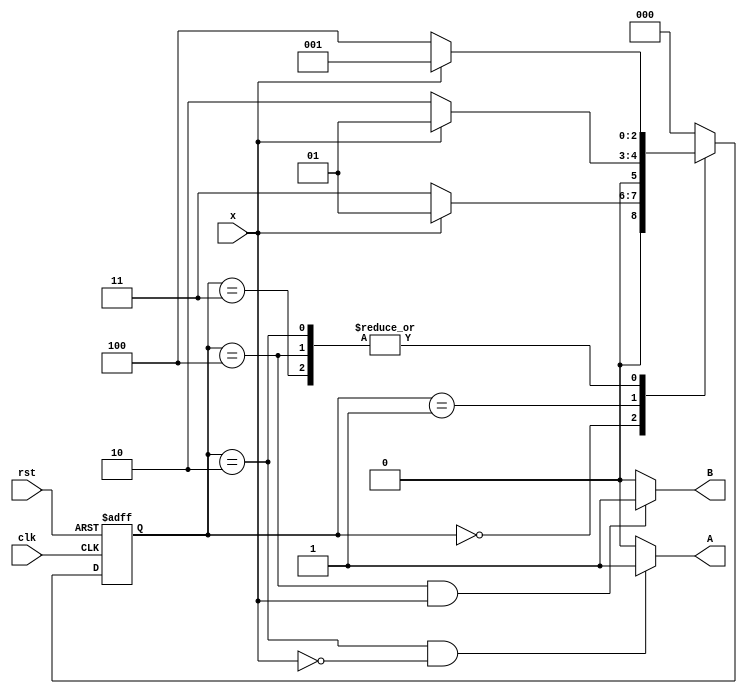
`timescale 1ns / 1ps
//////////////////////////////////////////////////////////////////////////////////
// Company: 
// Engineer: 
// 
// Design Name: 
// Module Name: menly_100_001
// Project Name: 
// Target Devices: 
// Tool Versions: 
// Description: 
// 
// Dependencies: 
// 
// Revision:
// Revision 0.01 - File Created
// Additional Comments:
// 
//////////////////////////////////////////////////////////////////////////////////


module menly_100_001(
    output A,B, // A for 100 B for 001
    input clk,rst,x
    );
    localparam [2:0] reset = 0, got1 = 1, got10 = 2, got0 = 3, got00 = 4;
    reg [2:0] current;
    always@(posedge clk, negedge rst) begin
    if(!rst) current <= reset;
    else case(current)
         reset: if(x==1'b1) current <= got1 ;
                else current <= got0 ;
         got1:  if(x==1'b1) current <= got1 ;
                else current <= got10 ;
         got10: if(x==1'b1) current <= got1 ;
                else current <= got00 ;
         got0:  if(x==1'b1) current <= got1 ;
                else current <= got00 ;
         got00: if(x==1'b1) current <= got1 ;
                else current <= got00 ;
         default: current <= reset ;
         endcase
     end
     assign A = (current==got10 && x==1'b0) ? 1'b1 : 1'b0;
     assign B = (current==got00 && x==1'b1) ? 1'b1 : 1'b0;       
endmodule